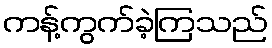
ကန့်ကွက်ခဲ့ကြသည်